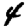
Digit: 4